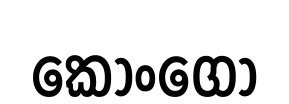
කොංගෝ